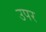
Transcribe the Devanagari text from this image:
उपर